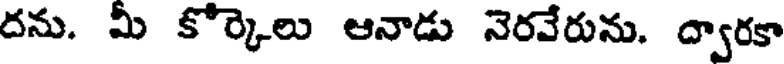
దను. మీ కోర్కెలు ఆనాడు నెరవేరును. ద్వారకా